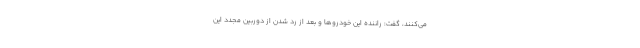
می‌کنند، گفت: راننده این خودروها و بعد از رد شدن از دوربین مجدد این